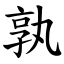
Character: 孰